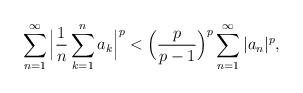
LaTeX: \begin{align*}{}&\displaystyle\sum_{n=1}^{\infty}\Big|\frac{1}{n}\sum_{k=1}^{n}a_{k}\Big|^{p}<\Big(\frac{p}{p-1}\Big)^{p}\displaystyle\sum_{n=1}^{\infty}|a_{n}|^{p},\end{align*}